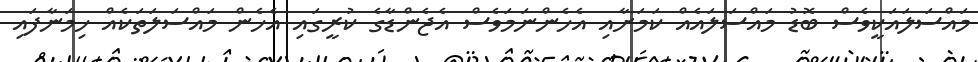
މައްސަލައަކީވެސް ބޮޑު މައްސަލައެއް ކަމަށާއި އެހެންނަމަވެސް އެޖެންޑާގެ ކުރީގައި އެހެން މައްސަލަތަކެއް ހިމަނާފައި